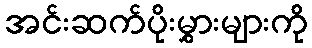
အင်းဆက်ပိုးမွှားများကို